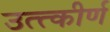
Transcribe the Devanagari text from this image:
उत्त्कीर्ण